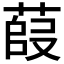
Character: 𫈿